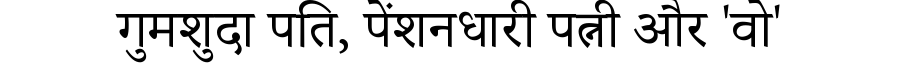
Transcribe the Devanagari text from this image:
गुमशुदा पति, पेंशनधारी पत्नी और 'वो'